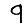
Digit: 9